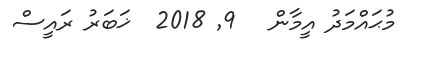
މުޙައްމަދު އީމާން   9